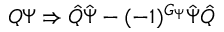
Q \Psi \Rightarrow \hat { Q } \hat { \Psi } - ( - 1 ) ^ { G _ { \Psi } } \hat { \Psi } \hat { Q }